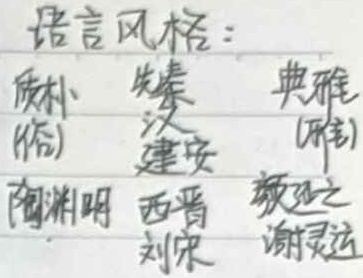
语言风格：质朴（俗） 先秦  典雅（雅）汉  建安 陶渊明  西晋 刘宋  颜延之  谢灵运